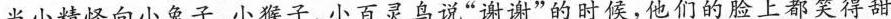
当小精怪向小兔子、小猴子、小百灵鸟说”谢谢”的时候，他们的脸上都笑得甜